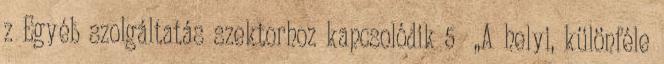
z Egyéb szolgáltatás szektorhoz kapcsolódik 5 ▪„A helyi, különféle